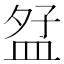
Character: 𪾎